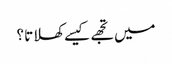
میں تجھے کیسے کھلاتا ؟